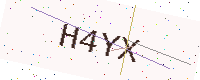
Text: H4YX